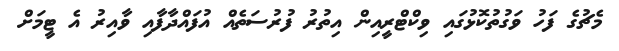
މެޗުގެ ފަހު ވަގުތުކޮޅުގައި ވިކްޓްރީއިން އިތުރު ފުރުސަތެއް އުފައްދާފާއި ވާއިރު އެ ޓީމަށް